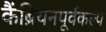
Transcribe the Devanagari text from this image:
कैंब्रियनपूर्वकल्प